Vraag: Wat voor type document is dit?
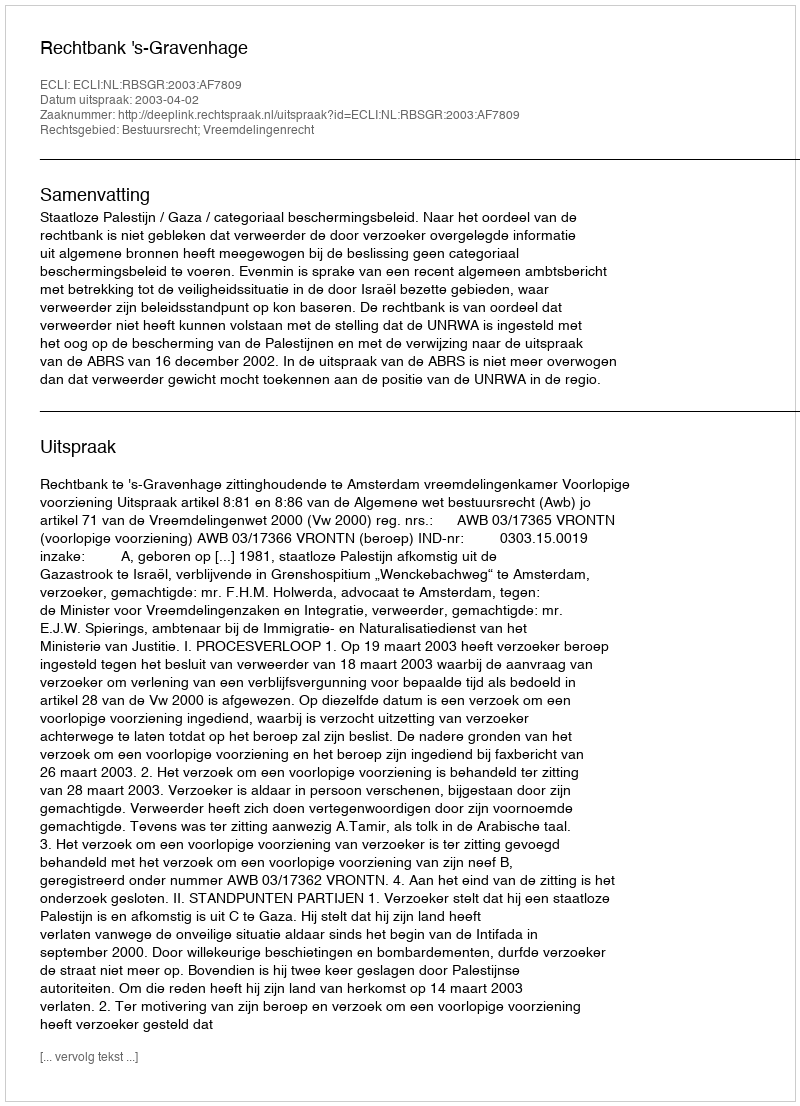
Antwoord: Uitspraak